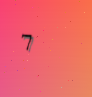
7